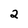
Character: 2